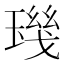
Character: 𱯘